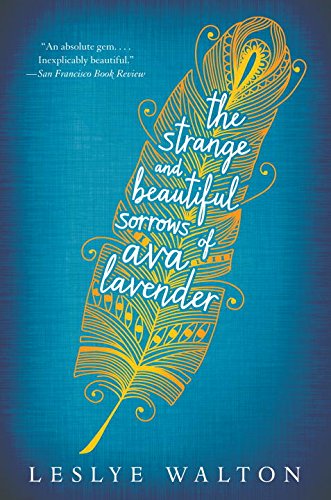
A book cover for The Strange and Beautiful Sorrows of Ava Lavender; Leslye Walton; Teen & Young Adult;